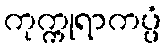
ကုက္ကုရာကပ္ပံ